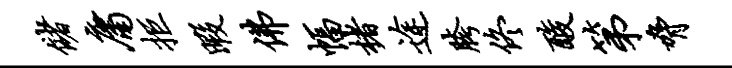
储庸拒暇佛幅楮途胯佟酸第胁